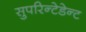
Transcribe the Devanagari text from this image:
सुपरिन्टेडेन्ट